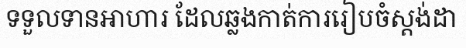
ទទួលទានអាហារ ដែលឆ្លងកាត់ការរៀបចំស្តង់ដា